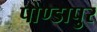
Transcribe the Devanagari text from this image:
पोण्डापुर